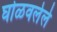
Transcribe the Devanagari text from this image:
घोळवलेले